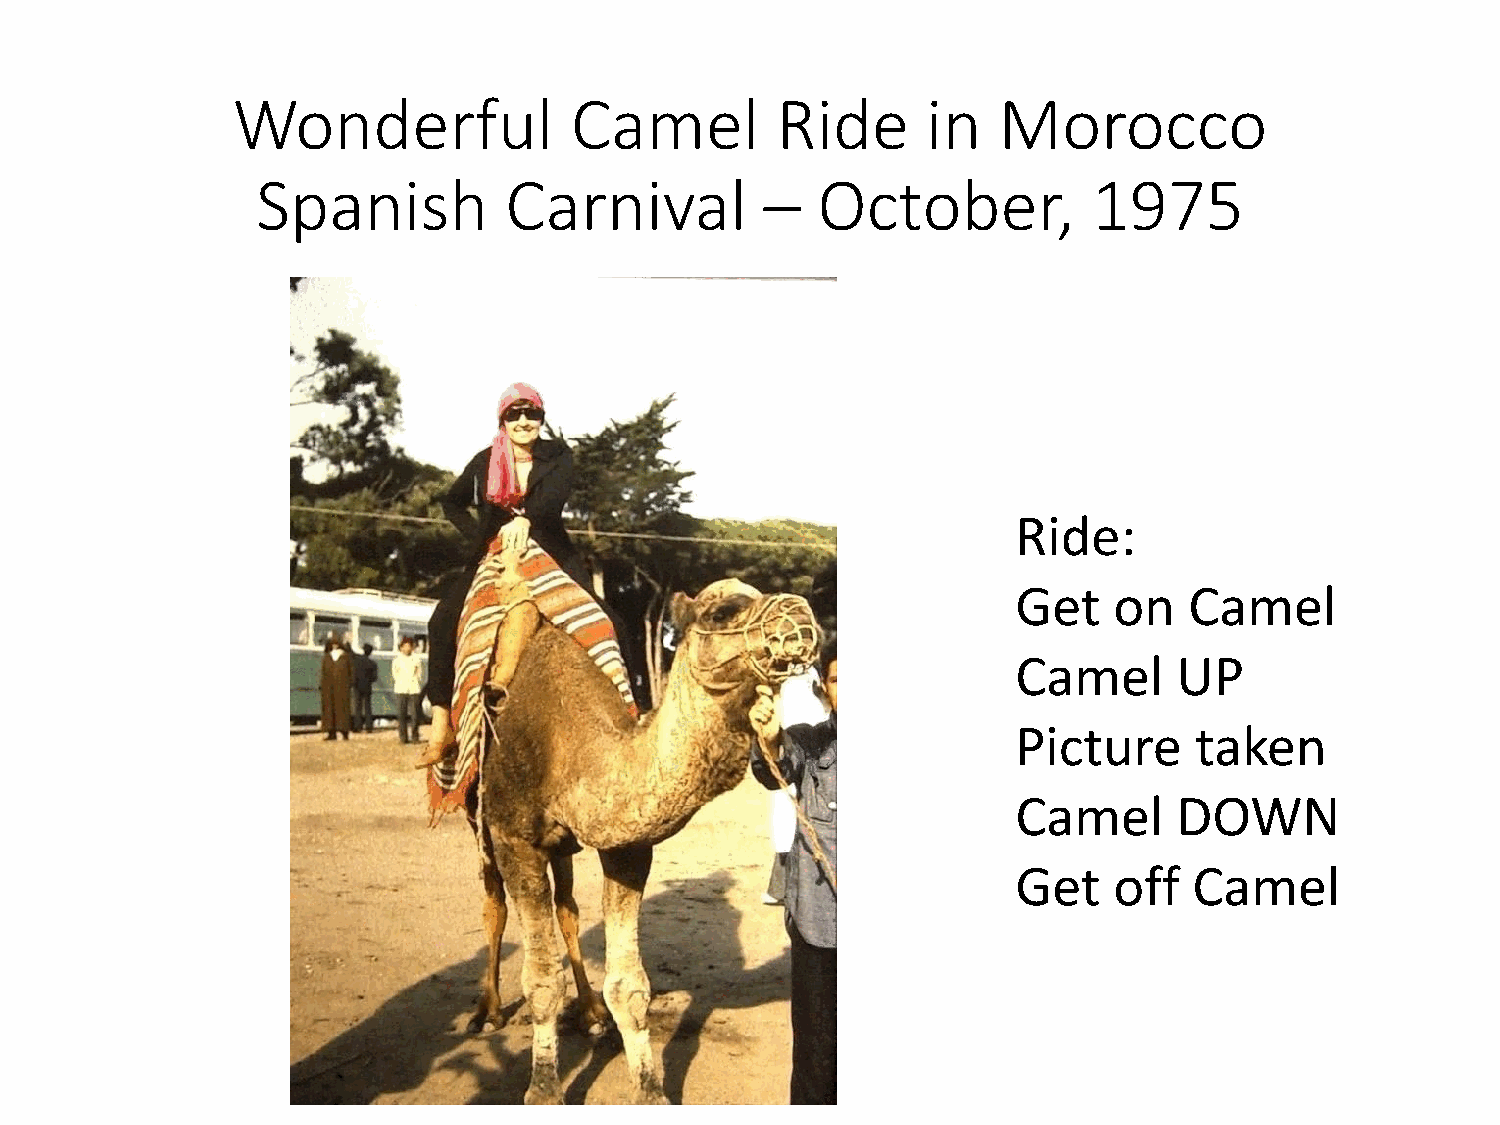
Wonderful              Camel        Ride      in   Morocco
 Spanish         Carnival          –  October,          1975
 Ride:
 Get    on   Camel
 Camel      UP
 Picture     taken
 Camel      DOWN
 Get    off  Camel